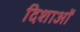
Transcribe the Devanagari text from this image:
दिशाआें